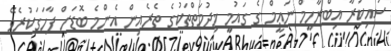
ސައިކުރާ އިބްރާހީމް ނަޢީމް ގެ ގައުމީ ޚިދުމަތްތަކުގެ ތެރެއިން އެންމެ ބޮޑަށް ފާހަގަކުރެވޭ